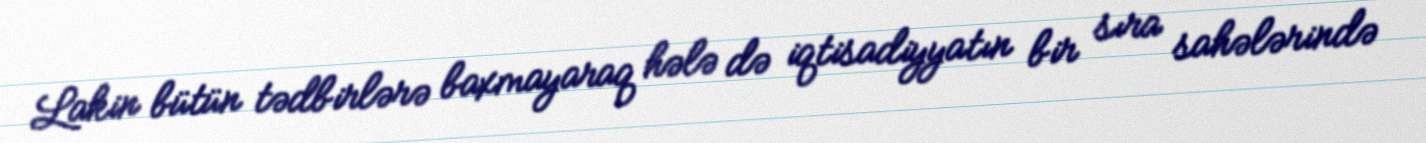
Lakin bütün tədbirlərə baxmayaraq hələ də iqtisadiyyatın bir sıra sahələrində